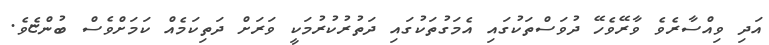
އަދި ވިއްސާރެވެ ވާރޭވެހޭ ދުވަސްތަކުގައި އެމަގުތަކުގައި ދަތުރުކުރުމަކީ ވަރަށް ދަތިކަމެއް ކަމަށްވެސް ބުންޏެވެ.